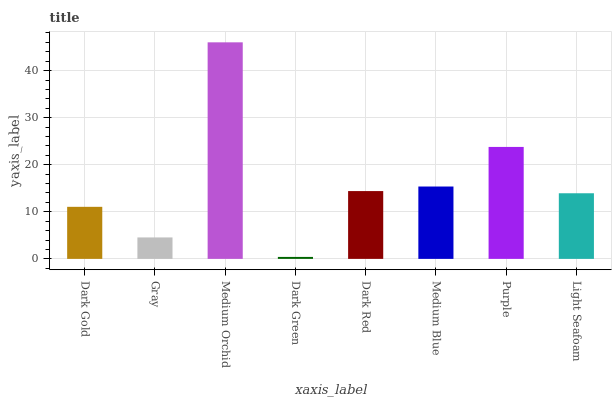
| xaxis_label | bars |
 | --- | --- |
 | Dark Gold | 11.1 |
 | Gray | 4.56 |
 | Medium Orchid | 46 |
 | Dark Green | 0.417 |
 | Dark Red | 14.4 |
 | Medium Blue | 15.4 |
 | Purple | 23.8 |
 | Light Seafoam | 13.9 |